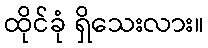
ထိုင်ခုံ ရှိသေးလား။